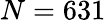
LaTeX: N=631